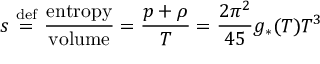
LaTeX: s \ { \stackrel { \mathrm { d e f } } { = } } \ { \frac { \mathrm { e n t r o p y } } { \mathrm { v o l u m e } } } = { \frac { p + \rho } { T } } = { \frac { 2 \pi ^ { 2 } } { 4 5 } } g _ { * } ( T ) T ^ { 3 }